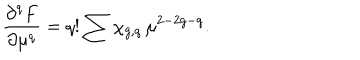
\frac { { \partial } ^ { q } F } { { \partial } \mu ^ { q } } = q ! \sum \chi _ { g , q } \, \mu ^ { 2 - 2 g - q } .